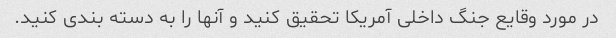
در مورد وقایع جنگ داخلی آمریکا تحقیق کنید و آنها را به دسته بندی کنید.